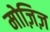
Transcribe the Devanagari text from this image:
मोज़िज़